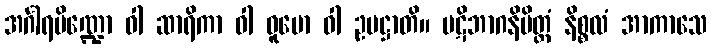
အင်္ဂါရပိဏ္ဍော ဝါ ဆာရိကာ ဝါ ဓူမော ဝါ ဥပဋ္ဌာတိ။ ပဋိဘာဂနိမိတ္တံ နိစ္စလံ အာကာသေ